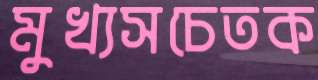
মুখ্যসচেতক